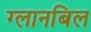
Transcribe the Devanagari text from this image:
ग्लानबिल